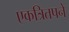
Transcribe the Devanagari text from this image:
एकत्रितपने